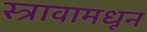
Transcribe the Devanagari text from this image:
स्त्रावामधून